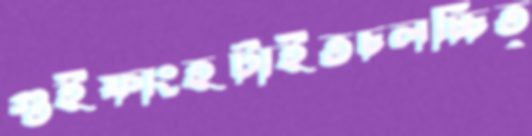
গুইফাংহটাইতচলচ্চিত্